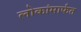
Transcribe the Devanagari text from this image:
लोकांमार्फत